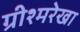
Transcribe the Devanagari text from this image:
ग्रीश्मरेखा